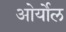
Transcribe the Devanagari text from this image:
ओर्योल